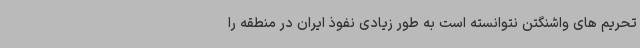
تحریم های واشنگتن نتوانسته است به طور زیادی نفوذ ایران در منطقه را